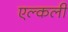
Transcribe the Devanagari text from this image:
एल्कली